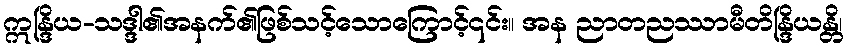
ဣန္ဒြိယ-သဒ္ဒါ၏အနက်၏ဖြစ်သင့်သောကြောင့်၎င်း။ အန ညာတညဿာမီတိန္ဒြိယန္တိ၊